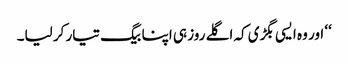
‘‘ اور وہ ایسی بگڑی کہ اگلے روز ہی اپنا بیگ تیار کر لیا۔